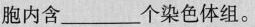
胞内含___个染色体组。